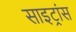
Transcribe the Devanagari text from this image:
साइट्रांस